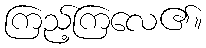
ကြည့်ကြလေ၏။